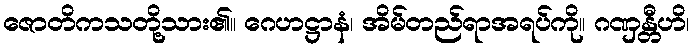
ဇောတိကသတို့သား၏။ ဂေဟဋ္ဌာနံ၊ အိမ်တည်ရာအရပ်ကို။ ဂဏှန္တီဟိ၊